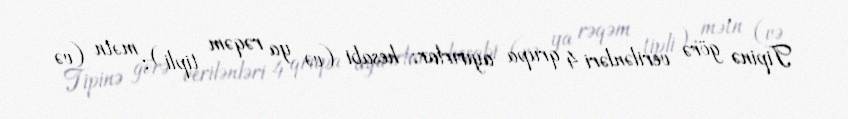
Tipinə görə verilənləri 4 qrupa ayırırlar: hesabi (və ya rəqəm tipli); mətn (və